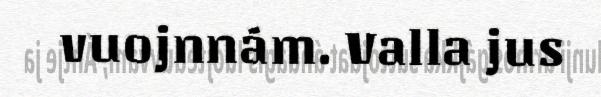
vuojnnám. Valla jus